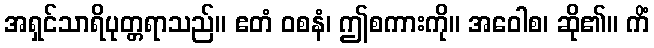
အရှင်သာရိပုတ္တရာသည်။ ဧတံ ဝစနံ၊ ဤစကားကို။ အဝေါစ၊ ဆို၏။ ကိံ